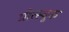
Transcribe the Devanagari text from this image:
प्रोत्स्युक